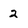
Character: 2